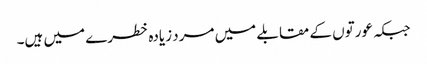
جبکہ عورتوں کے مقابلے میں مرد زیادہ خطرے میں ہیں۔